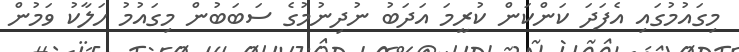
މިގައުމުގައި އެފަދަ ކަންކަން ކުރީމަ އަދަބު ނުދިނުމުގެ ސަބަބުން މިގައުމު ހަލާކު ވަމުން